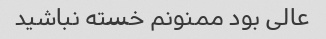
عالی بود ممنونم خسته نباشید